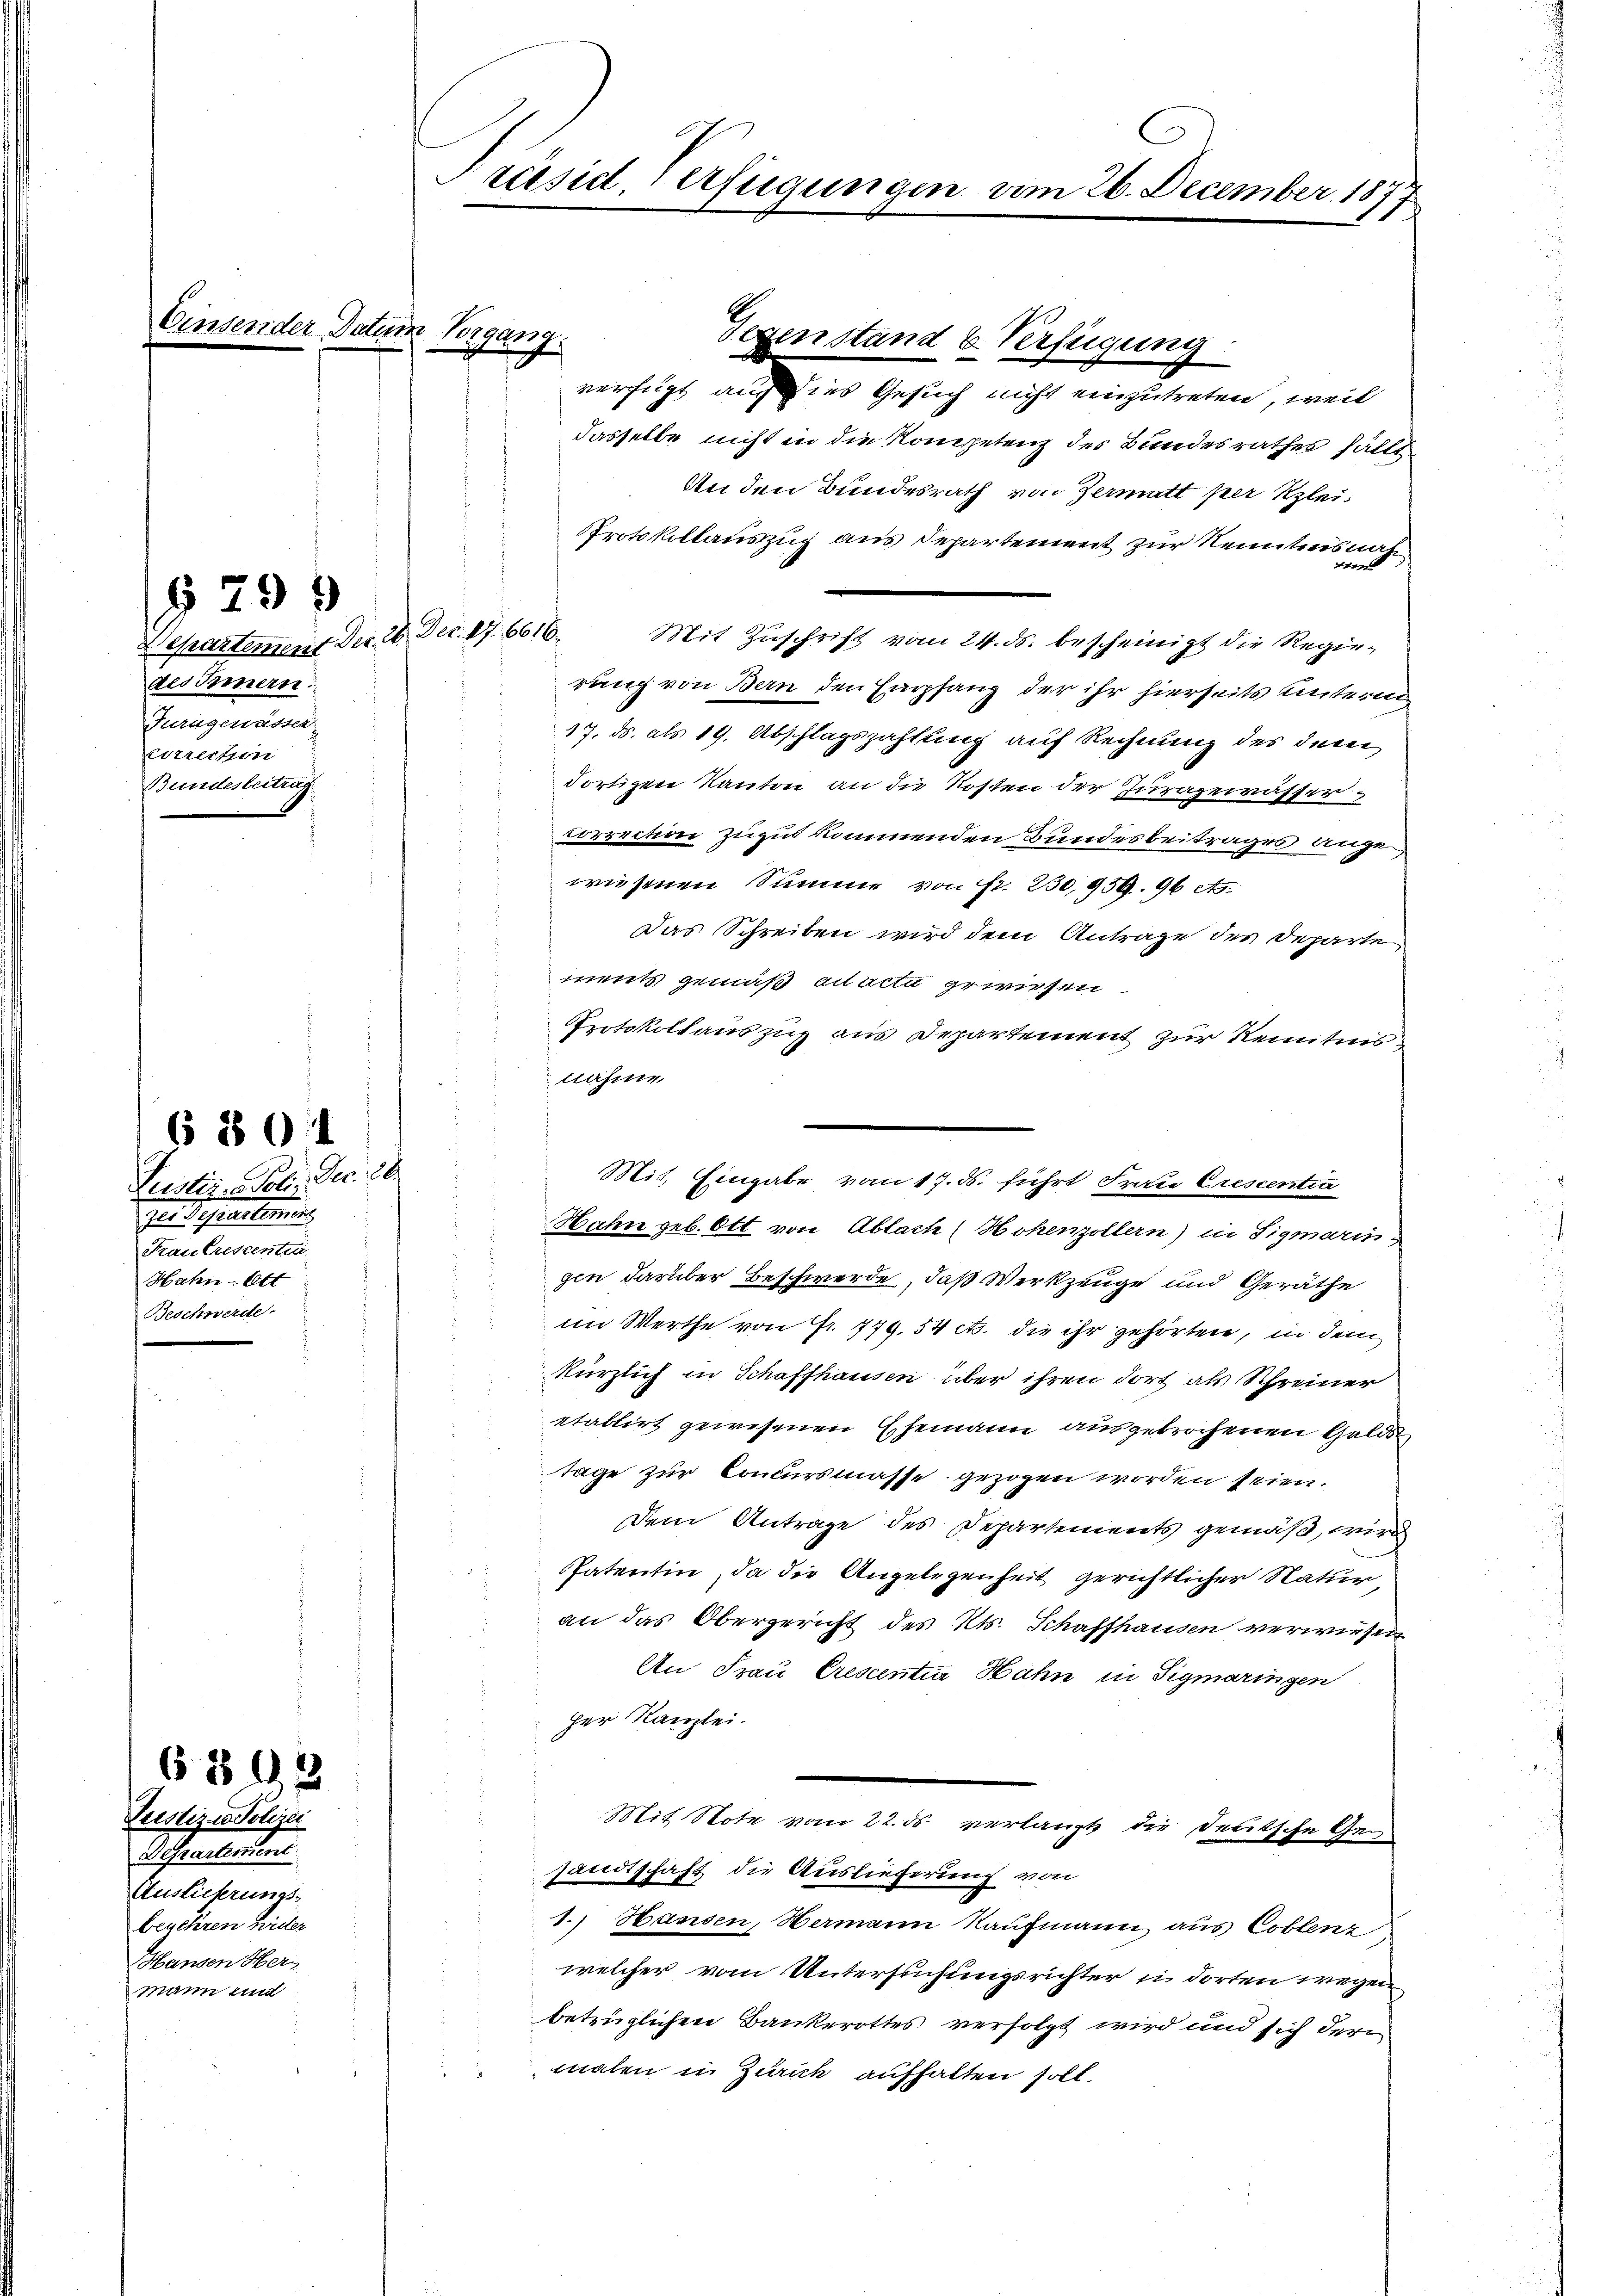
§ 298

Justiz - Poli. Dec. 20.
zer desserlierung
Frau Crescenten
Hahn-Ott
Beschwerde.

§ 50

6 803

Justiz in Polizei
Derartement
Auslieferungs-
begehren hier
Hansen Herz
mann und

d
des Innern:
Turngewässer
Eitreiten
Bundesbeitrag.

Präsid. Verfügungen vom 26. December 1877.

ter Datum Vergang.

Gegenstand u. Verfügung
verfügt auf des Gesuch nicht einzutreten, weil
dasselbe nicht in die Kompetenz des Bundesrathes fällt.
An den Bundesrath von Zermatt per Klei¬
Protokollauszug aus Departement zur Neuntreis nahe,
epartement der 26. Dec. 87. 6616. Mit Zuschrift vom 24. ds. bescheinigt die Regierung von Bern den Empfang der ihr hierseits unterm
17. ds. als 19. Abschlagszahlung auf Rechnung des dem
dortigen Kanton an die Kosten der Juragewässer
Correction zugut kommenden Bundesbeitrages angewiesenen Summe von Fr. 230,959. 96 A
Das Schreiben wird dem Antrage des Departe
ments gemäß ad acti gewiesen.
Protokollauszug aus Departement zur Kenntnis
nähme.
d
Hahn geb. Ott von Ablach (Hohenzollern) in Sigmarin
gen darüber Beschwerde, daß Werkzeuge und Geräthe
im Werthe von Fr. 779. 54 c. die ihr gehörten, in dem
kürzlich in Schaffhausen über ihren dort als Schreiner
etablirt gewesenen Ehemann ausgebrochenen Gelds
tage zur Concursmasse gezogen worden seien.
Dem Antrage des Departements gemäß, wird
PPatentin, da die Angelegenheit gerichtlicher Natur,
an das Obergericht des Kts. Schaffhausen verwiesen
An Frau Crescentin Hahn in Sigmaringen
her Kanzlei.
Mit Note vom 22. ds verlangt die Deutsche Gesandtschaft die Auslieferung von
1.) Hausen, Hermann Kaufmann aus Coblenz
welcher vom Untersuchungsrichter in dorten wegen
betrüglichen Bankerottes verfolgt wird und sich der
malen in Zürich aufhalten soll.

Mit. Eingabe vom 17. ds. führt Fraue Crescentia